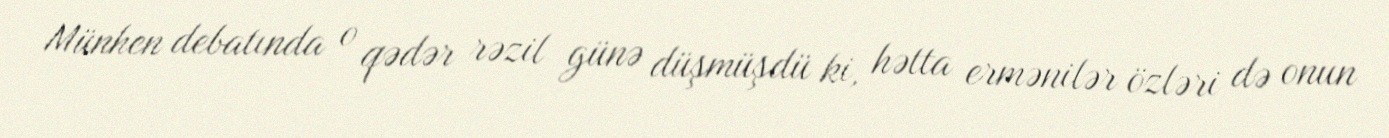
Münhen debatında o qədər rəzil günə düşmüşdü ki, hətta ermənilər özləri də onun